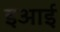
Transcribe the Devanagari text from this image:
इआई